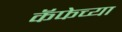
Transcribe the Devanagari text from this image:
कॅफेच्या